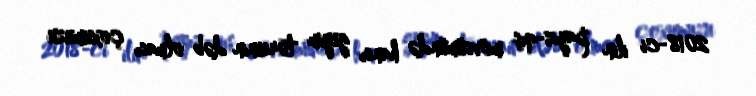
2018-ci ilin payız-qış mövsümündə hansı geyim tərzinin dəb olması çoxumuzu